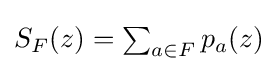
{\textstyle S_{F}(z)=\sum _{a\in F}p_{a}(z)}